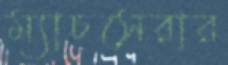
ম্যাচসেরার